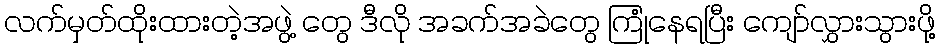
လက်မှတ်ထိုးထားတဲ့အဖွဲ့ တွေ ဒီလို အခက်အခဲတွေ ကြုံနေရပြီး ကျော်လွှားသွားဖို့